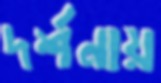
দর্শনায়